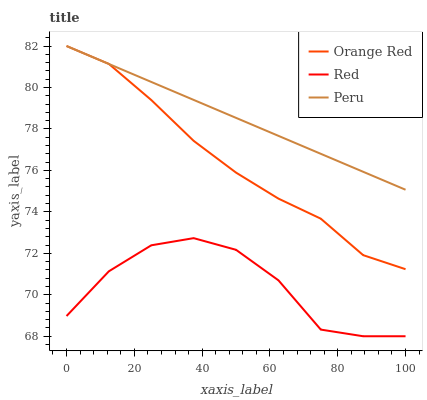
| xaxis_label | Orange Red | Red | Peru |
 | --- | --- | --- | --- |
 | 0 | 82 | 69 | 82 |
 | 12.5 | 81.1 | 71.1 | 81.1 |
 | 25 | 79.4 | 72.4 | 80.3 |
 | 37.5 | 77.4 | 72.7 | 79.4 |
 | 50 | 75.9 | 72.2 | 78.5 |
 | 62.5 | 74.6 | 70.7 | 77.7 |
 | 75 | 73.7 | 68.3 | 76.8 |
 | 87.5 | 71.9 | 68 | 75.9 |
 | 100 | 71.2 | 68 | 75.1 |